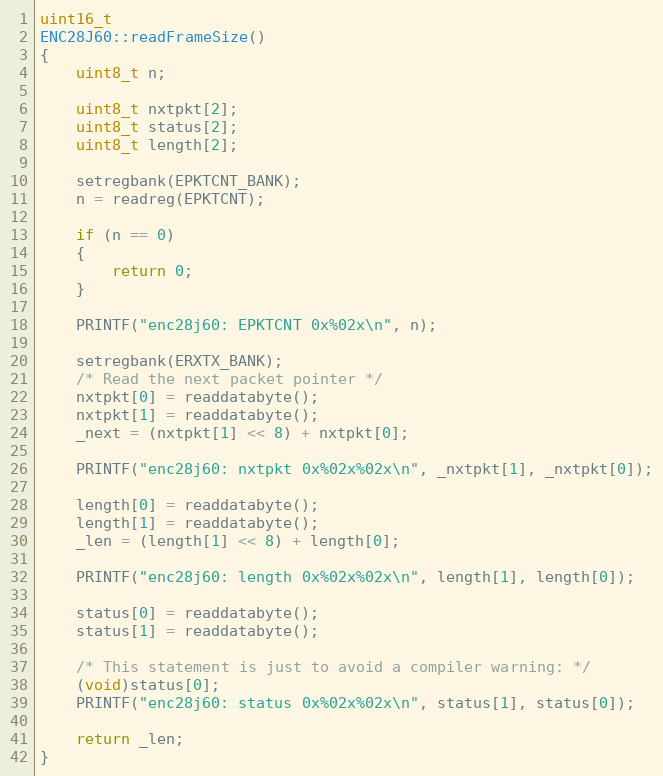
Language: C++
uint16_t
ENC28J60::readFrameSize()
{
    uint8_t n;

    uint8_t nxtpkt[2];
    uint8_t status[2];
    uint8_t length[2];

    setregbank(EPKTCNT_BANK);
    n = readreg(EPKTCNT);

    if (n == 0)
    {
        return 0;
    }

    PRINTF("enc28j60: EPKTCNT 0x%02x\n", n);

    setregbank(ERXTX_BANK);
    /* Read the next packet pointer */
    nxtpkt[0] = readdatabyte();
    nxtpkt[1] = readdatabyte();
    _next = (nxtpkt[1] << 8) + nxtpkt[0];

    PRINTF("enc28j60: nxtpkt 0x%02x%02x\n", _nxtpkt[1], _nxtpkt[0]);

    length[0] = readdatabyte();
    length[1] = readdatabyte();
    _len = (length[1] << 8) + length[0];

    PRINTF("enc28j60: length 0x%02x%02x\n", length[1], length[0]);

    status[0] = readdatabyte();
    status[1] = readdatabyte();

    /* This statement is just to avoid a compiler warning: */
    (void)status[0];
    PRINTF("enc28j60: status 0x%02x%02x\n", status[1], status[0]);

    return _len;
}